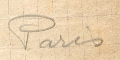
Paris